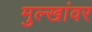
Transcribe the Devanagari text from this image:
मुल्खांवर